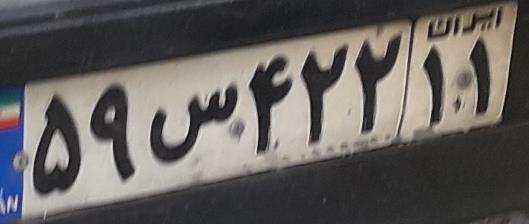
۵۹س۴۲۲۱۱